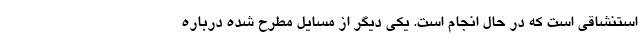
استنشاقی است که در حال انجام است. یکی دیگر از مسایل مطرح شده درباره